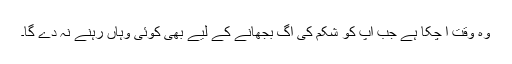
وہ وقت آ چکا ہے جب آپ کو شکم کی آگ بجھانے کے لیے بھی کوئی وہاں رہنے نہ دے گا۔